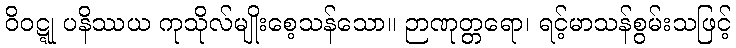
ဝိဝဋ္ဋု ပနိဿယ ကုသိုလ်မျိုးစေ့သန်သော။ ဉာဏုတ္တရော၊ ရင့်မာသန်စွမ်းသဖြင့်